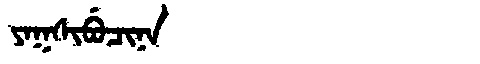
Manchu: ᠶᠠᡴᠰᡳᠪᡠᠴᡳᠨᠠ
Romanization: YAKSIBUCINA